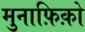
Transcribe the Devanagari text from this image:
मुनाफ़िक़ो